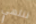
ننتهي